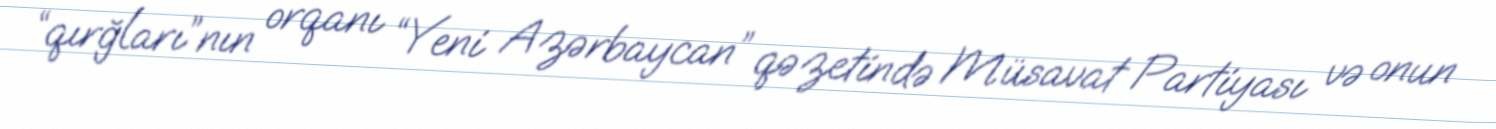
“qırğları”nın orqanı “Yeni Azərbaycan” qəzetində Müsavat Partiyası və onun